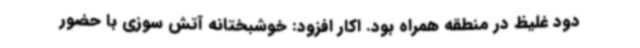
دود غلیظ در منطقه همراه بود. اکار افزود: خوشبختانه آتش سوزی با حضور